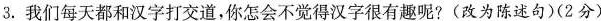
3. 我们每天都和汉字打交道，你怎会不觉得汉字很有趣呢?(改为陈述句)(2分)